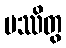
ပဿိတွ